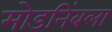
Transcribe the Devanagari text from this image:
मोडनिंबला